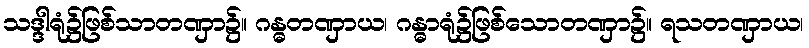
သဒ္ဒါရုံ၌ဖြစ်သာတဏှာ၌။ ဂန္ဓတဏှာယ၊ ဂန္ဓာရုံ၌ဖြစ်သောတဏှာ၌။ ရသတဏှာယ၊